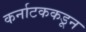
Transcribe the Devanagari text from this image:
कर्नाटककडून